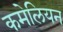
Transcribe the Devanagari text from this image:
कमेलियन